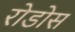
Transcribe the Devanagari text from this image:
रोडोस